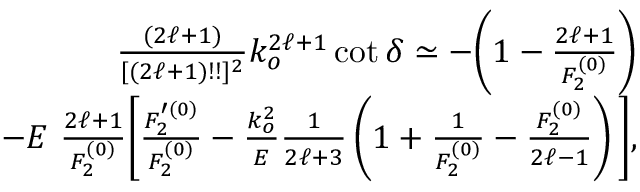
\begin{array} { r l r } & { } & { \frac { ( 2 \ell + 1 ) } { [ ( 2 \ell + 1 ) ! ! ] ^ { 2 } } k _ { o } ^ { 2 \ell + 1 } \cot \delta \simeq - \bigg ( 1 - \frac { 2 \ell + 1 } { F _ { 2 } ^ { ( 0 ) } } \bigg ) } \\ & { } & { - E \, \, \frac { 2 \ell + 1 } { F _ { 2 } ^ { ( 0 ) } } \bigg [ \frac { F _ { 2 } ^ { \prime ( 0 ) } } { F _ { 2 } ^ { ( 0 ) } } - \frac { k _ { o } ^ { 2 } } { E } \frac { 1 } { 2 \ell + 3 } \left( 1 + \frac { 1 } { F _ { 2 } ^ { ( 0 ) } } - \frac { F _ { 2 } ^ { ( 0 ) } } { 2 \ell - 1 } \right) \bigg ] , } \end{array}